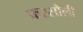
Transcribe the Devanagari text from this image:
फरसौली